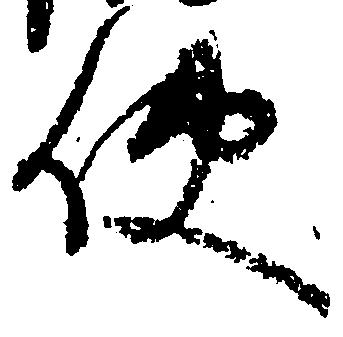
使